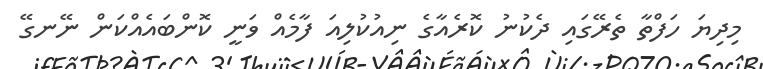
މިދިޔަ ހަފްތާ ތެރޭގައި ދެކުނު ކޮރެއާގެ ނިއުކުލިއަ ފާމެއް ވަނީ ކޮންބައެއްކަން ނޭނގޭ